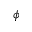
\phi